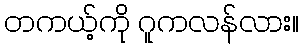
တကယ့်ကို ဂူကလန်လား။